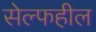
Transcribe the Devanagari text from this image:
सेल्फहील